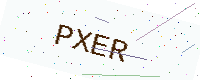
Text: PXER